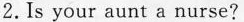
2.Is your aunt a nurse?